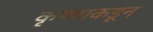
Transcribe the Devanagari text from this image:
कृष्णाकडून